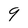
Character: 9